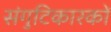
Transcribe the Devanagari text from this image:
संगुटिकारकों